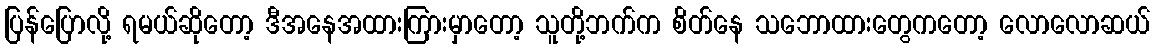
ပြန်ပြောလို့ ရမယ်ဆိုတော့ ဒီအနေအထားကြားမှာတော့ သူတို့ဘက်က စိတ်နေ သဘောထားတွေကတော့ လောလောဆယ်